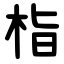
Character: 栺